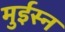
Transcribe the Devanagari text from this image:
मुईस्न